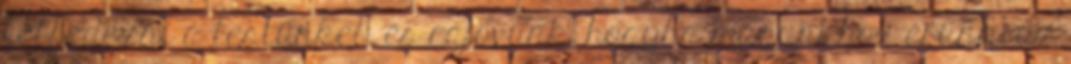
felfedezni a testünket, és rájövünk, hogyha magunkhoz érünk, az